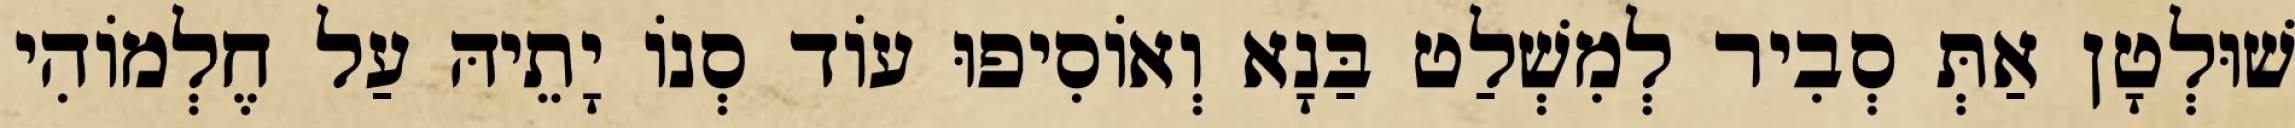
שׁוּלְטָן אַתְּ סְבִיר לְמִשְׁלַט בַּנָא וְאוֹסִיפוּ עוֹד סְנוֹ יָתֵיהּ עַל חֶלְמוֹהִי